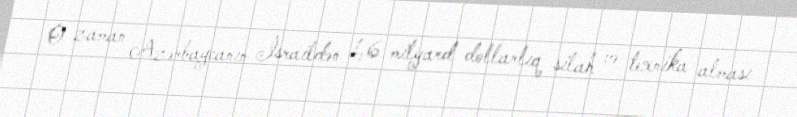
O zaman Azərbaycanın İsraildən 1,6 milyard dollarlıq silah və texnika alması